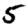
Digit: 5